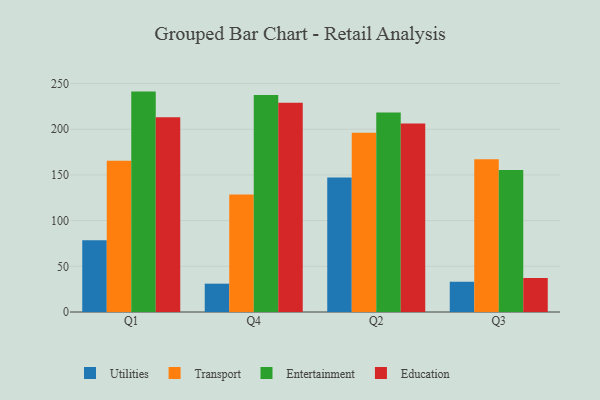
{"axis": {"x": "Quarter", "y": "Production Output"}, "legend": ["Education", "Entertainment", "Transport", "Utilities"], "data": [{"x": "Q1", "y": 78.4, "type": "Utilities"}, {"x": "Q1", "y": 165.4, "type": "Transport"}, {"x": "Q1", "y": 241.2, "type": "Entertainment"}, {"x": "Q1", "y": 213.2, "type": "Education"}, {"x": "Q4", "y": 31.0, "type": "Utilities"}, {"x": "Q4", "y": 128.5, "type": "Transport"}, {"x": "Q4", "y": 237.4, "type": "Entertainment"}, {"x": "Q4", "y": 228.9, "type": "Education"}, {"x": "Q2", "y": 147.1, "type": "Utilities"}, {"x": "Q2", "y": 196.2, "type": "Transport"}, {"x": "Q2", "y": 218.2, "type": "Entertainment"}, {"x": "Q2", "y": 206.3, "type": "Education"}, {"x": "Q3", "y": 33.1, "type": "Utilities"}, {"x": "Q3", "y": 167.3, "type": "Transport"}, {"x": "Q3", "y": 155.4, "type": "Entertainment"}, {"x": "Q3", "y": 37.2, "type": "Education"}]}